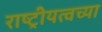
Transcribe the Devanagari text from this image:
राष्ट्रीयत्वच्या